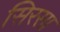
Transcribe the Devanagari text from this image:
सिरसा